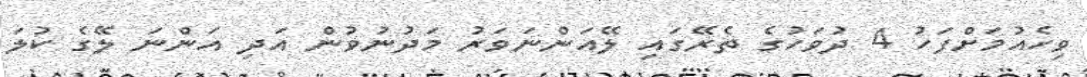
ވިހެއުމަށްފަހު 4 ދުވަހުގެ ތެރޭގައި ލޭއަންނަވަރު މަދުނުވުން އަދި އަންނަ ލޭގެ ކުލަ